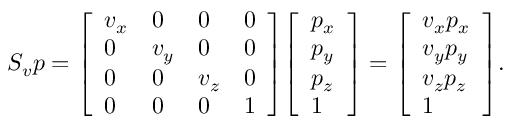
S _ { v } p = { \left[ \begin{array} { l l l l } { v _ { x } } & { 0 } & { 0 } & { 0 } \\ { 0 } & { v _ { y } } & { 0 } & { 0 } \\ { 0 } & { 0 } & { v _ { z } } & { 0 } \\ { 0 } & { 0 } & { 0 } & { 1 } \end{array} \right] } { \left[ \begin{array} { l } { p _ { x } } \\ { p _ { y } } \\ { p _ { z } } \\ { 1 } \end{array} \right] } = { \left[ \begin{array} { l } { v _ { x } p _ { x } } \\ { v _ { y } p _ { y } } \\ { v _ { z } p _ { z } } \\ { 1 } \end{array} \right] } .